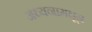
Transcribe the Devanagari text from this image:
अध्यनामधून